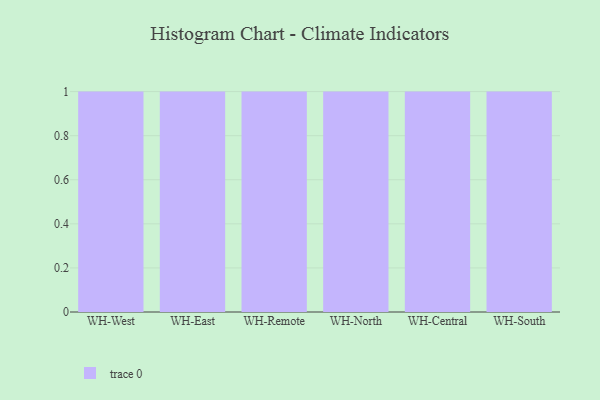
{"axis": {"x": "Warehouse", "y": "Operating Costs (USD K)"}, "legend": [""], "data": [{"x": "WH-West", "y": 62, "type": ""}, {"x": "WH-East", "y": 90, "type": ""}, {"x": "WH-Remote", "y": 88, "type": ""}, {"x": "WH-North", "y": 9, "type": ""}, {"x": "WH-Central", "y": 53, "type": ""}, {"x": "WH-South", "y": 78, "type": ""}]}